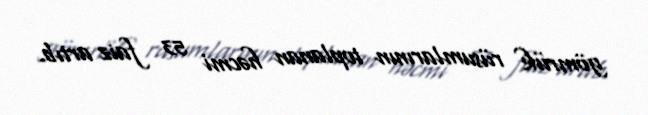
gömrük rüsumlarının toplanan həcmi 53 faiz artıb.